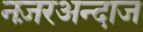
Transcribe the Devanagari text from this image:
नज़रअन्दाज